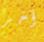
آخر